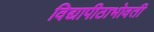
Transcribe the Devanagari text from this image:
विद्यापीठाभोवती